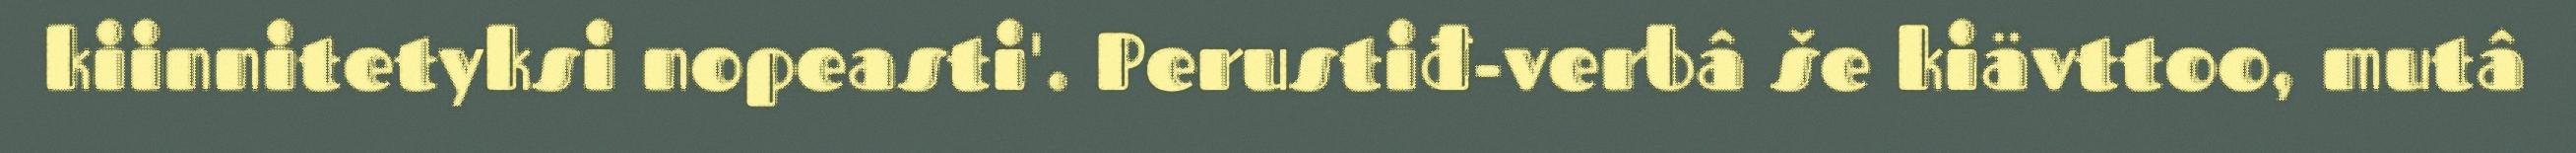
kiinnitetyksi nopeasti'. Perustiđ-verbâ še kiävttoo, mutâ